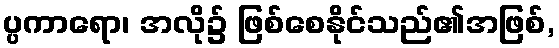
ပ္ပကာရော၊ အလို၌ ဖြစ်စေနိုင်သည်၏အဖြစ်,